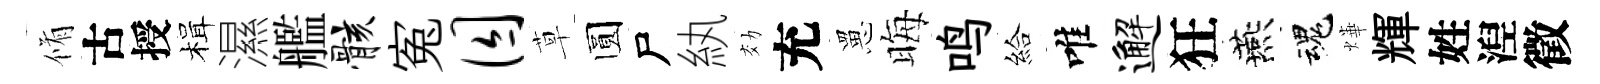
脩古授楫濕艦骸寃囚草圆尸紈効充罳晦鸣給唯邂狂燕魂燁輝姓湼徵